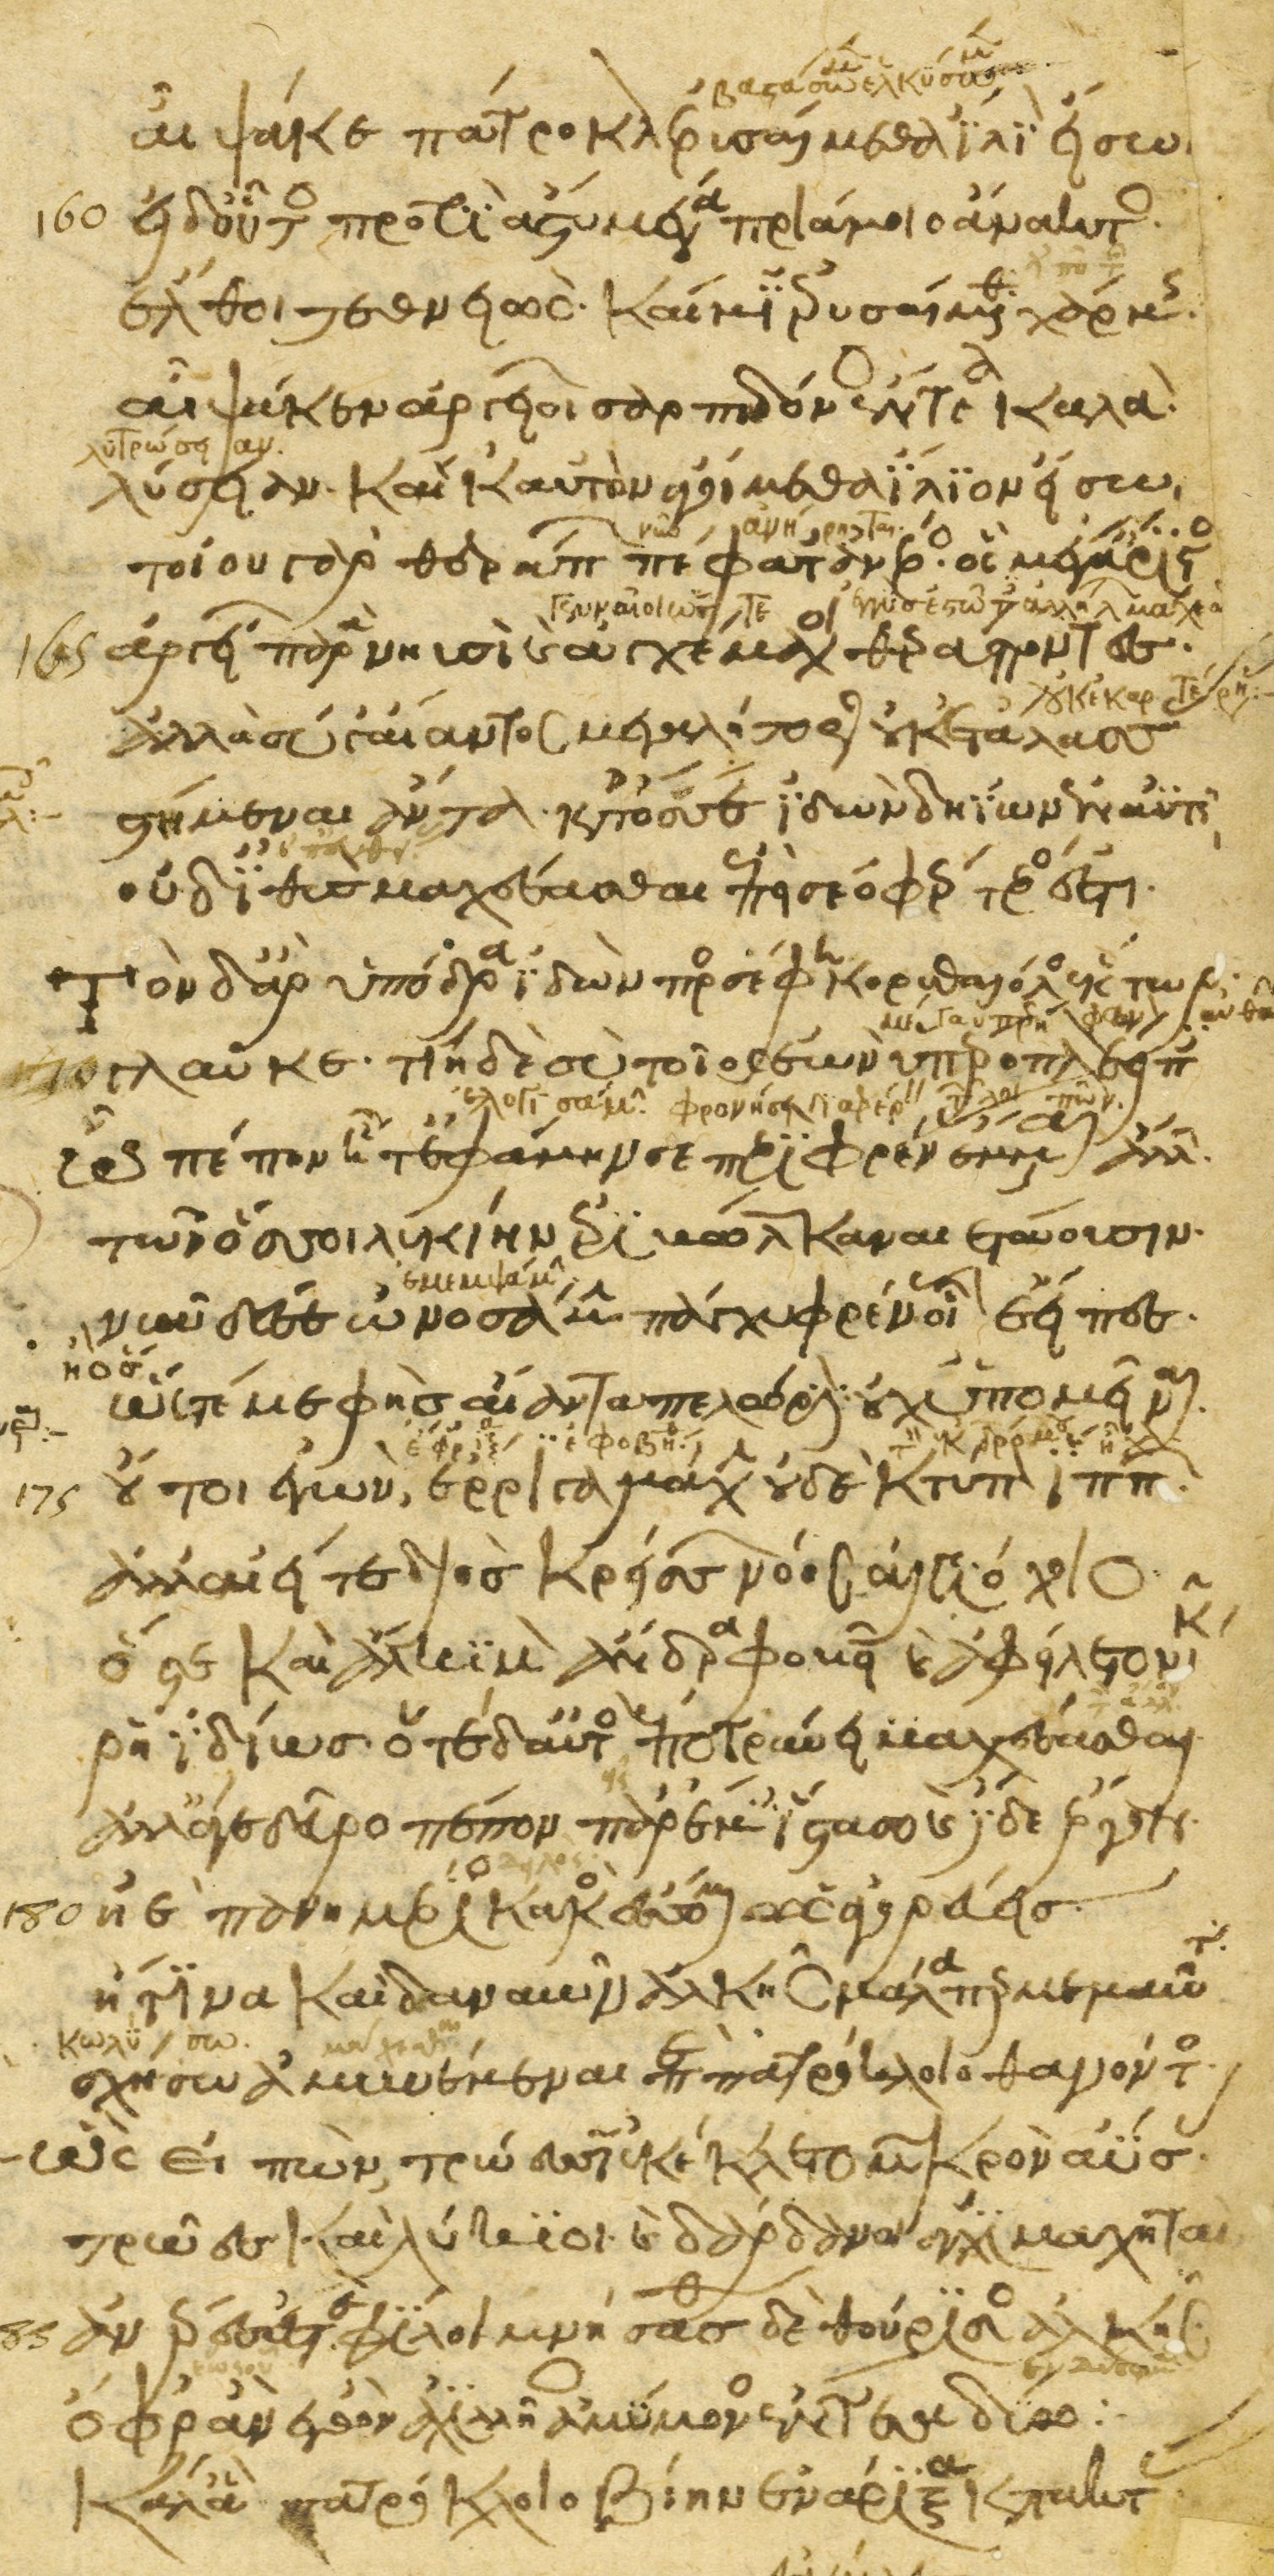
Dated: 1200–1299